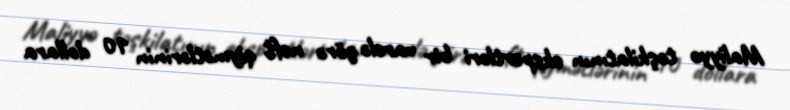
Maliyyə təşkilatının ekspertləri bir varelə görə neft qiymətlərinin 10 dollara